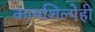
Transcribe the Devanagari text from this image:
कामशिल्पेही